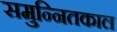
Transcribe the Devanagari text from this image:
समुन्नितकाल